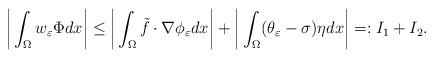
LaTeX: \begin{align*}\begin{aligned}\bigg|\int_\Omega w_\varepsilon\Phi dx\bigg|\leq \bigg|\int_\Omega \tilde{f}\cdot\nabla\phi_\varepsilon dx\bigg|+ \bigg|\int_\Omega (\theta_\varepsilon-\sigma)\eta dx\bigg| =: I_1 + I_2.\end{aligned}\end{align*}